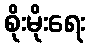
စိုးမိုးရေး